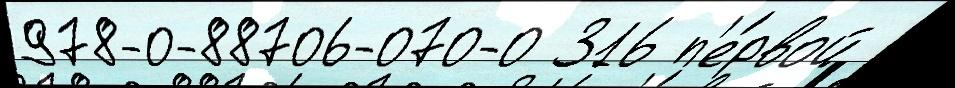
978-0-88706-070-0 316 п'е́рвой